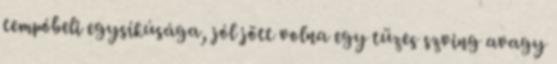
tempóbeli egysíkúsága, jól jött volna egy tüzes szving avagy